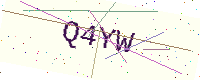
Text: Q4YW